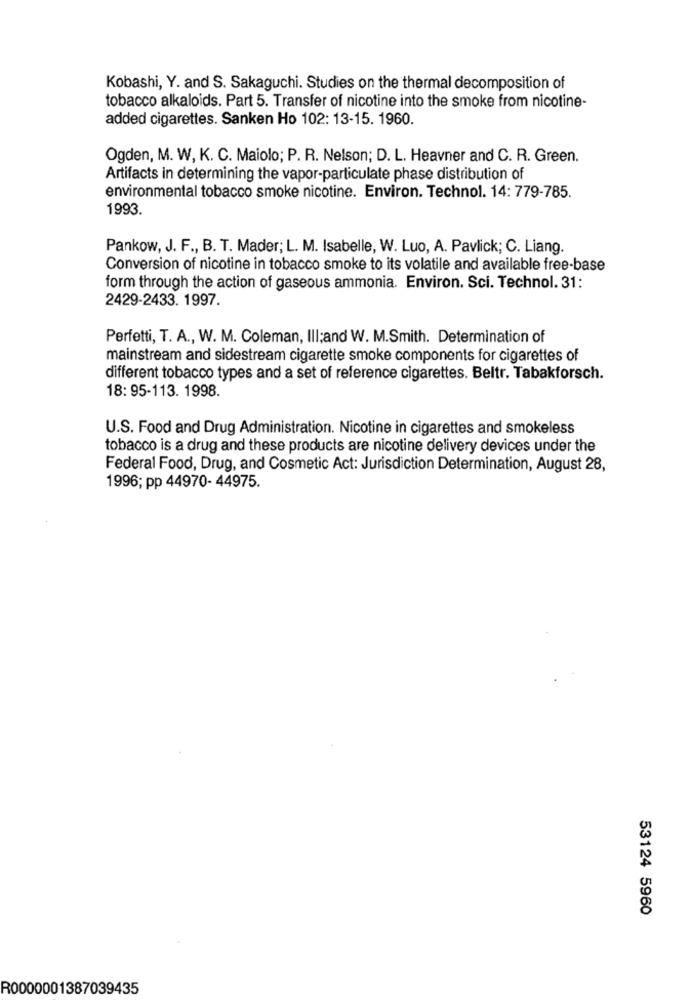
Kobashi, Y. and S. Sakaguchi. Studies on the thermal decomposition of
tobacco alkaloids. Part 5. Transfer of nicotine into the smoke from nicotine-
added cigarettes. Sanken Ho 102: 13-15. 1960.
Ogden, M. W, K. C. Maiolo; P. R. Nelson; D. L. Heavner and C. R. Green.
Artifacts in determining the vapor-particulate phase distribution of
environmental tobacco smoke nicotine. Environ. Technol. 14: 779-785.
1993.
Pankow, J. F ., B. T. Mader; L. M. Isabelle, W. Luo, A. Pavlick; C. Liang.
Conversion of nicotine in tobacco smoke to its volatile and available free-base
form through the action of gaseous ammonia. Environ. Sci. Technol. 31:
2429-2433. 1997.
Perfetti, T. A ., W. M. Coleman, Ill;and W. M.Smith. Determination of
mainstream and sidestream cigarette smoke components for cigarettes of
different tobacco types and a set of reference cigarettes. Beltr. Tabakforsch.
18: 95-113. 1998.
U.S. Food and Drug Administration. Nicotine in cigarettes and smokeless
tobacco is a drug and these products are nicotine delivery devices under the
Federal Food, Drug, and Cosmetic Act: Jurisdiction Determination, August 28,
1996; pp 44970- 44975.
53124 5960
R0000001387039435